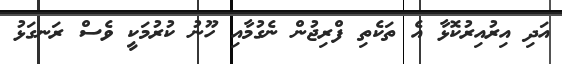
އަދި އިރުއިރުކޮޅާ އެ ތަކެތި ފްރިޖުން ނެގުމާއި ހޫނު ކުރުމަކީ ވެސް ރަނގަޅު